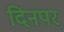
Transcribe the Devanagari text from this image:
दिनपर